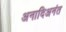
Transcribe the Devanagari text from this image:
अनादिअनंत